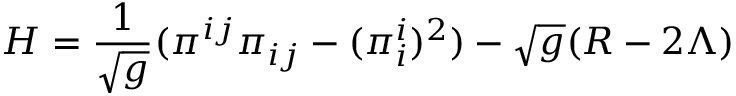
{ \cal H } = \frac { 1 } { \sqrt { g } } ( \pi ^ { i j } \pi _ { i j } - ( \pi _ { i } ^ { i } ) ^ { 2 } ) - \sqrt { g } ( R - 2 \Lambda )